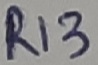
Text: R13